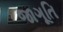
જાગૂતિ